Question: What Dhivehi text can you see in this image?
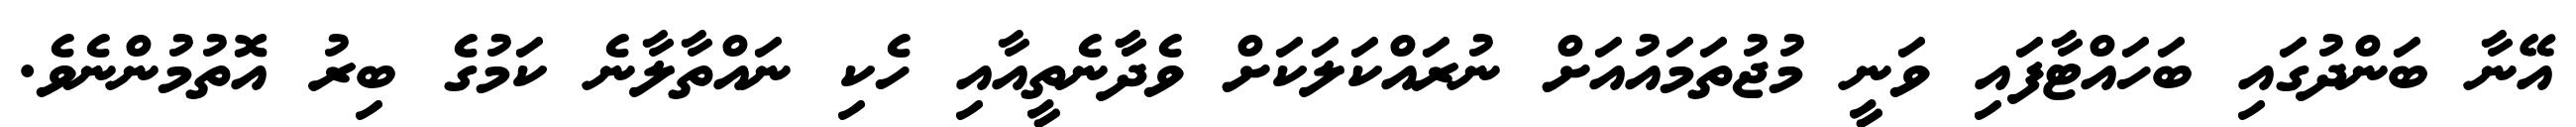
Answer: އޭނާ ބަންދުގައި ބަހައްޓާފައި ވަނީ މުޖުތަމައުއަށް ނުރައްކަލަކަށް ވެދާާނެތީއާއި ހެކި ނައްތާލާނެ ކަމުގެ ބިރު އޮތުމުންނެވެ.